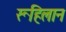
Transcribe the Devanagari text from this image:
रूहिलान